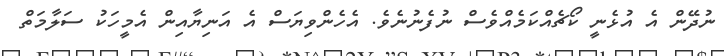
ނުދޭން އެ އުޅެނީ ކޯޗެއްކަމެއްވެސް ނުފެނުނެވެ. އެހެންވިޔަސް އެ އަނިޔާއިން އެމީހަކު ސަލާމަތް